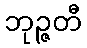
ဘုဉ္ဇတီ